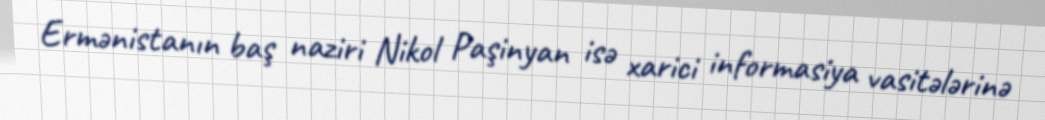
Ermənistanın baş naziri Nikol Paşinyan isə xarici informasiya vasitələrinə